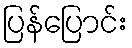
ပြန်ပြောင်း